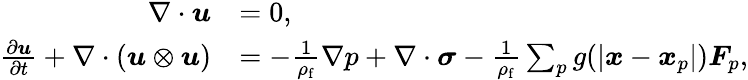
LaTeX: \begin{array}{rl}{\nabla\cdot\boldsymbol{u}}&{=0,}\\ {\frac{\partial\boldsymbol{u}}{\partial t}+\nabla\cdot(\boldsymbol{u}\otimes\boldsymbol{u})}&{=-\frac{1}{\rho_{\mathrm{f}}}\nabla p+\nabla\cdot\boldsymbol{\sigma}-\frac{1}{\rho_{\mathrm{f}}}\sum_{p}g(|\boldsymbol{x}-\boldsymbol{x}_{p}|)\boldsymbol{F}_{p},}\end{array}